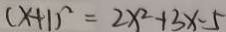
( x + 1 ) ^ { 2 } = 2 x ^ { 2 } + 3 x - 5